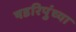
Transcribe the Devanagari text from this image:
षडरिपुंच्या